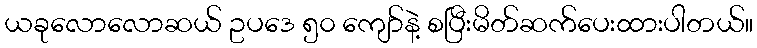
ယခုလောလောဆယ် ဥပဒေ ၅၀ ကျော်နဲ့ စပြီးမိတ်ဆက်ပေးထားပါတယ်။